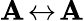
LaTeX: \mathbf{A}\! \leftrightarrow\! \mathbf{A}